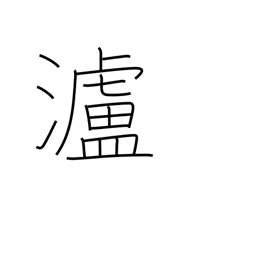
Meaning: name of river in China